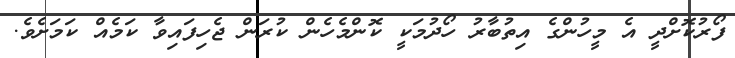
ފޯރުކޮށްދީ އެ މީހުންގެ އިތުބާރު ހޯދުމަކީ ކޮންމެހެން ކުރަން ޖެހިފައިވާ ކަމެއް ކަމަށެވެ.